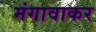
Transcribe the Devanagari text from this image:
मंगावाकर